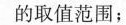
的取值范围；